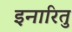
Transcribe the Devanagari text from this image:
इनारितु